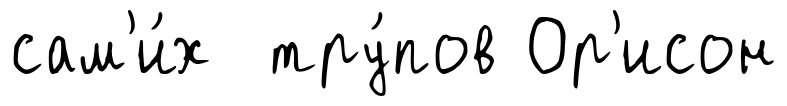
сам'и́х тру́пов Ор'исон